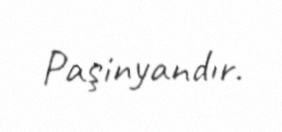
Paşinyandır.